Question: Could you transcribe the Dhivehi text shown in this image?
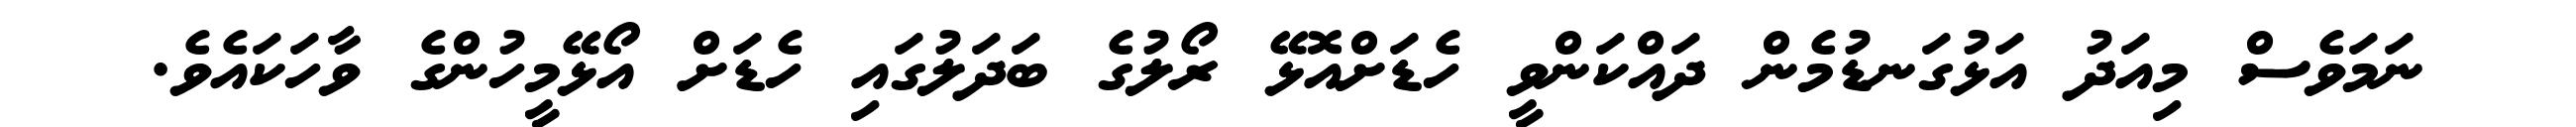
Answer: ނަމަވެސް މިއަދު އަޅުގަނޑުމެން ދައްކަންވީ ހެޑަށްއޮޅޭ ރޯލުގެ ބަދަލުގައި ހެޑަށް އޯޅޭމީހުންގެ ވާހަކައެވެ.